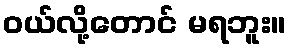
၀ယ်လို့တောင် မရဘူး။